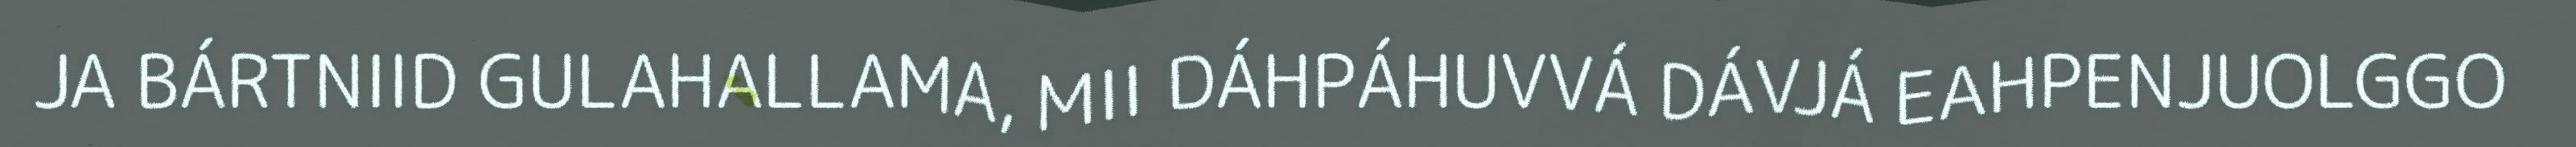
JA BÁRTNIID GULAHALLAMA, MII DÁHPÁHUVVÁ DÁVJÁ EAHPENJUOLGGO